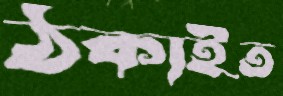
ঠকাইত